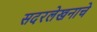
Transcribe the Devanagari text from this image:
सदरलेखनाचे